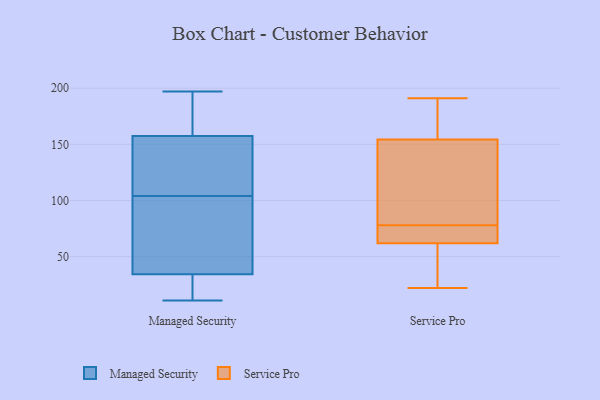
{"axis": {"x": "Temperature (°C)", "y": "Value"}, "legend": ["Managed Security", "Service Pro"], "data": [{"x": "", "y": 56, "type": "Managed Security"}, {"x": "", "y": 24, "type": "Managed Security"}, {"x": "", "y": 26, "type": "Managed Security"}, {"x": "", "y": 197, "type": "Managed Security"}, {"x": "", "y": 21, "type": "Managed Security"}, {"x": "", "y": 144, "type": "Managed Security"}, {"x": "", "y": 104, "type": "Managed Security"}, {"x": "", "y": 11, "type": "Managed Security"}, {"x": "", "y": 190, "type": "Managed Security"}, {"x": "", "y": 173, "type": "Managed Security"}, {"x": "", "y": 129, "type": "Managed Security"}, {"x": "", "y": 37, "type": "Managed Security"}, {"x": "", "y": 154, "type": "Managed Security"}, {"x": "", "y": 40, "type": "Managed Security"}, {"x": "", "y": 168, "type": "Managed Security"}, {"x": "", "y": 53, "type": "Managed Security"}, {"x": "", "y": 133, "type": "Managed Security"}, {"x": "", "y": 94, "type": "Service Pro"}, {"x": "", "y": 184, "type": "Service Pro"}, {"x": "", "y": 78, "type": "Service Pro"}, {"x": "", "y": 22, "type": "Service Pro"}, {"x": "", "y": 73, "type": "Service Pro"}, {"x": "", "y": 41, "type": "Service Pro"}, {"x": "", "y": 68, "type": "Service Pro"}, {"x": "", "y": 76, "type": "Service Pro"}, {"x": "", "y": 146, "type": "Service Pro"}, {"x": "", "y": 44, "type": "Service Pro"}, {"x": "", "y": 148, "type": "Service Pro"}, {"x": "", "y": 98, "type": "Service Pro"}, {"x": "", "y": 191, "type": "Service Pro"}, {"x": "", "y": 180, "type": "Service Pro"}, {"x": "", "y": 173, "type": "Service Pro"}, {"x": "", "y": 26, "type": "Service Pro"}, {"x": "", "y": 75, "type": "Service Pro"}]}